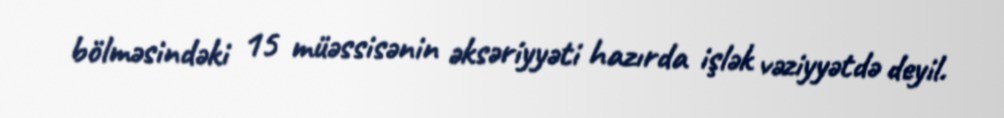
bölməsindəki 15 müəssisənin əksəriyyəti hazırda işlək vəziyyətdə deyil.